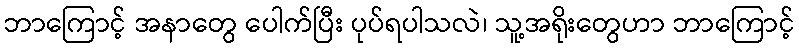
ဘာကြောင့် အနာတွေ ပေါက်ပြီး ပုပ်ရပါသလဲ၊ သူ့အရိုးတွေဟာ ဘာကြောင့်